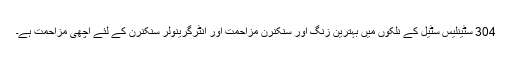
304 سٹینلیس سٹیل کے نلکوں میں بہترین زنگ اور سنکنرن مزاحمت اور انٹرگرینولر سنکنرن کے لئے اچھی مزاحمت ہے۔